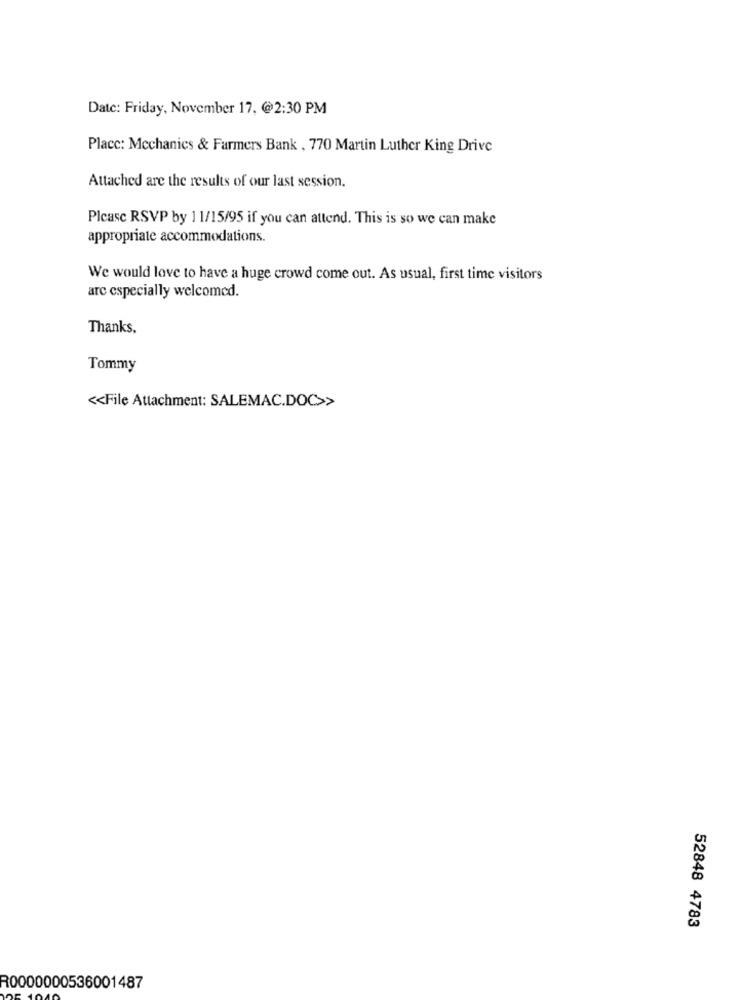
Datc: Friday, November 17. @2:30 PM
Placc: Mechanics & Farmers Bank , 770 Martin Luther King Drive
Attached are the results of our last session.
Please RSVP by 11/15/95 if you can attend. This is so we can make
appropriate accommodations.
We would love to have a huge crowd come out. As usual, first time visitors
arc especially welcomed.
Thanks,
Tommy
<< File Attachment: SALEMAC.DOC>>
52848 4783
R0000000536001487